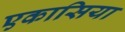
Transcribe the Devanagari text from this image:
एकासिया